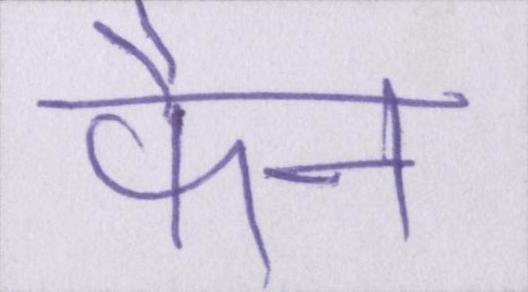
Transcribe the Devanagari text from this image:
फैन